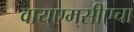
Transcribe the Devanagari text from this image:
वाय्‌एम्‌सीएचा